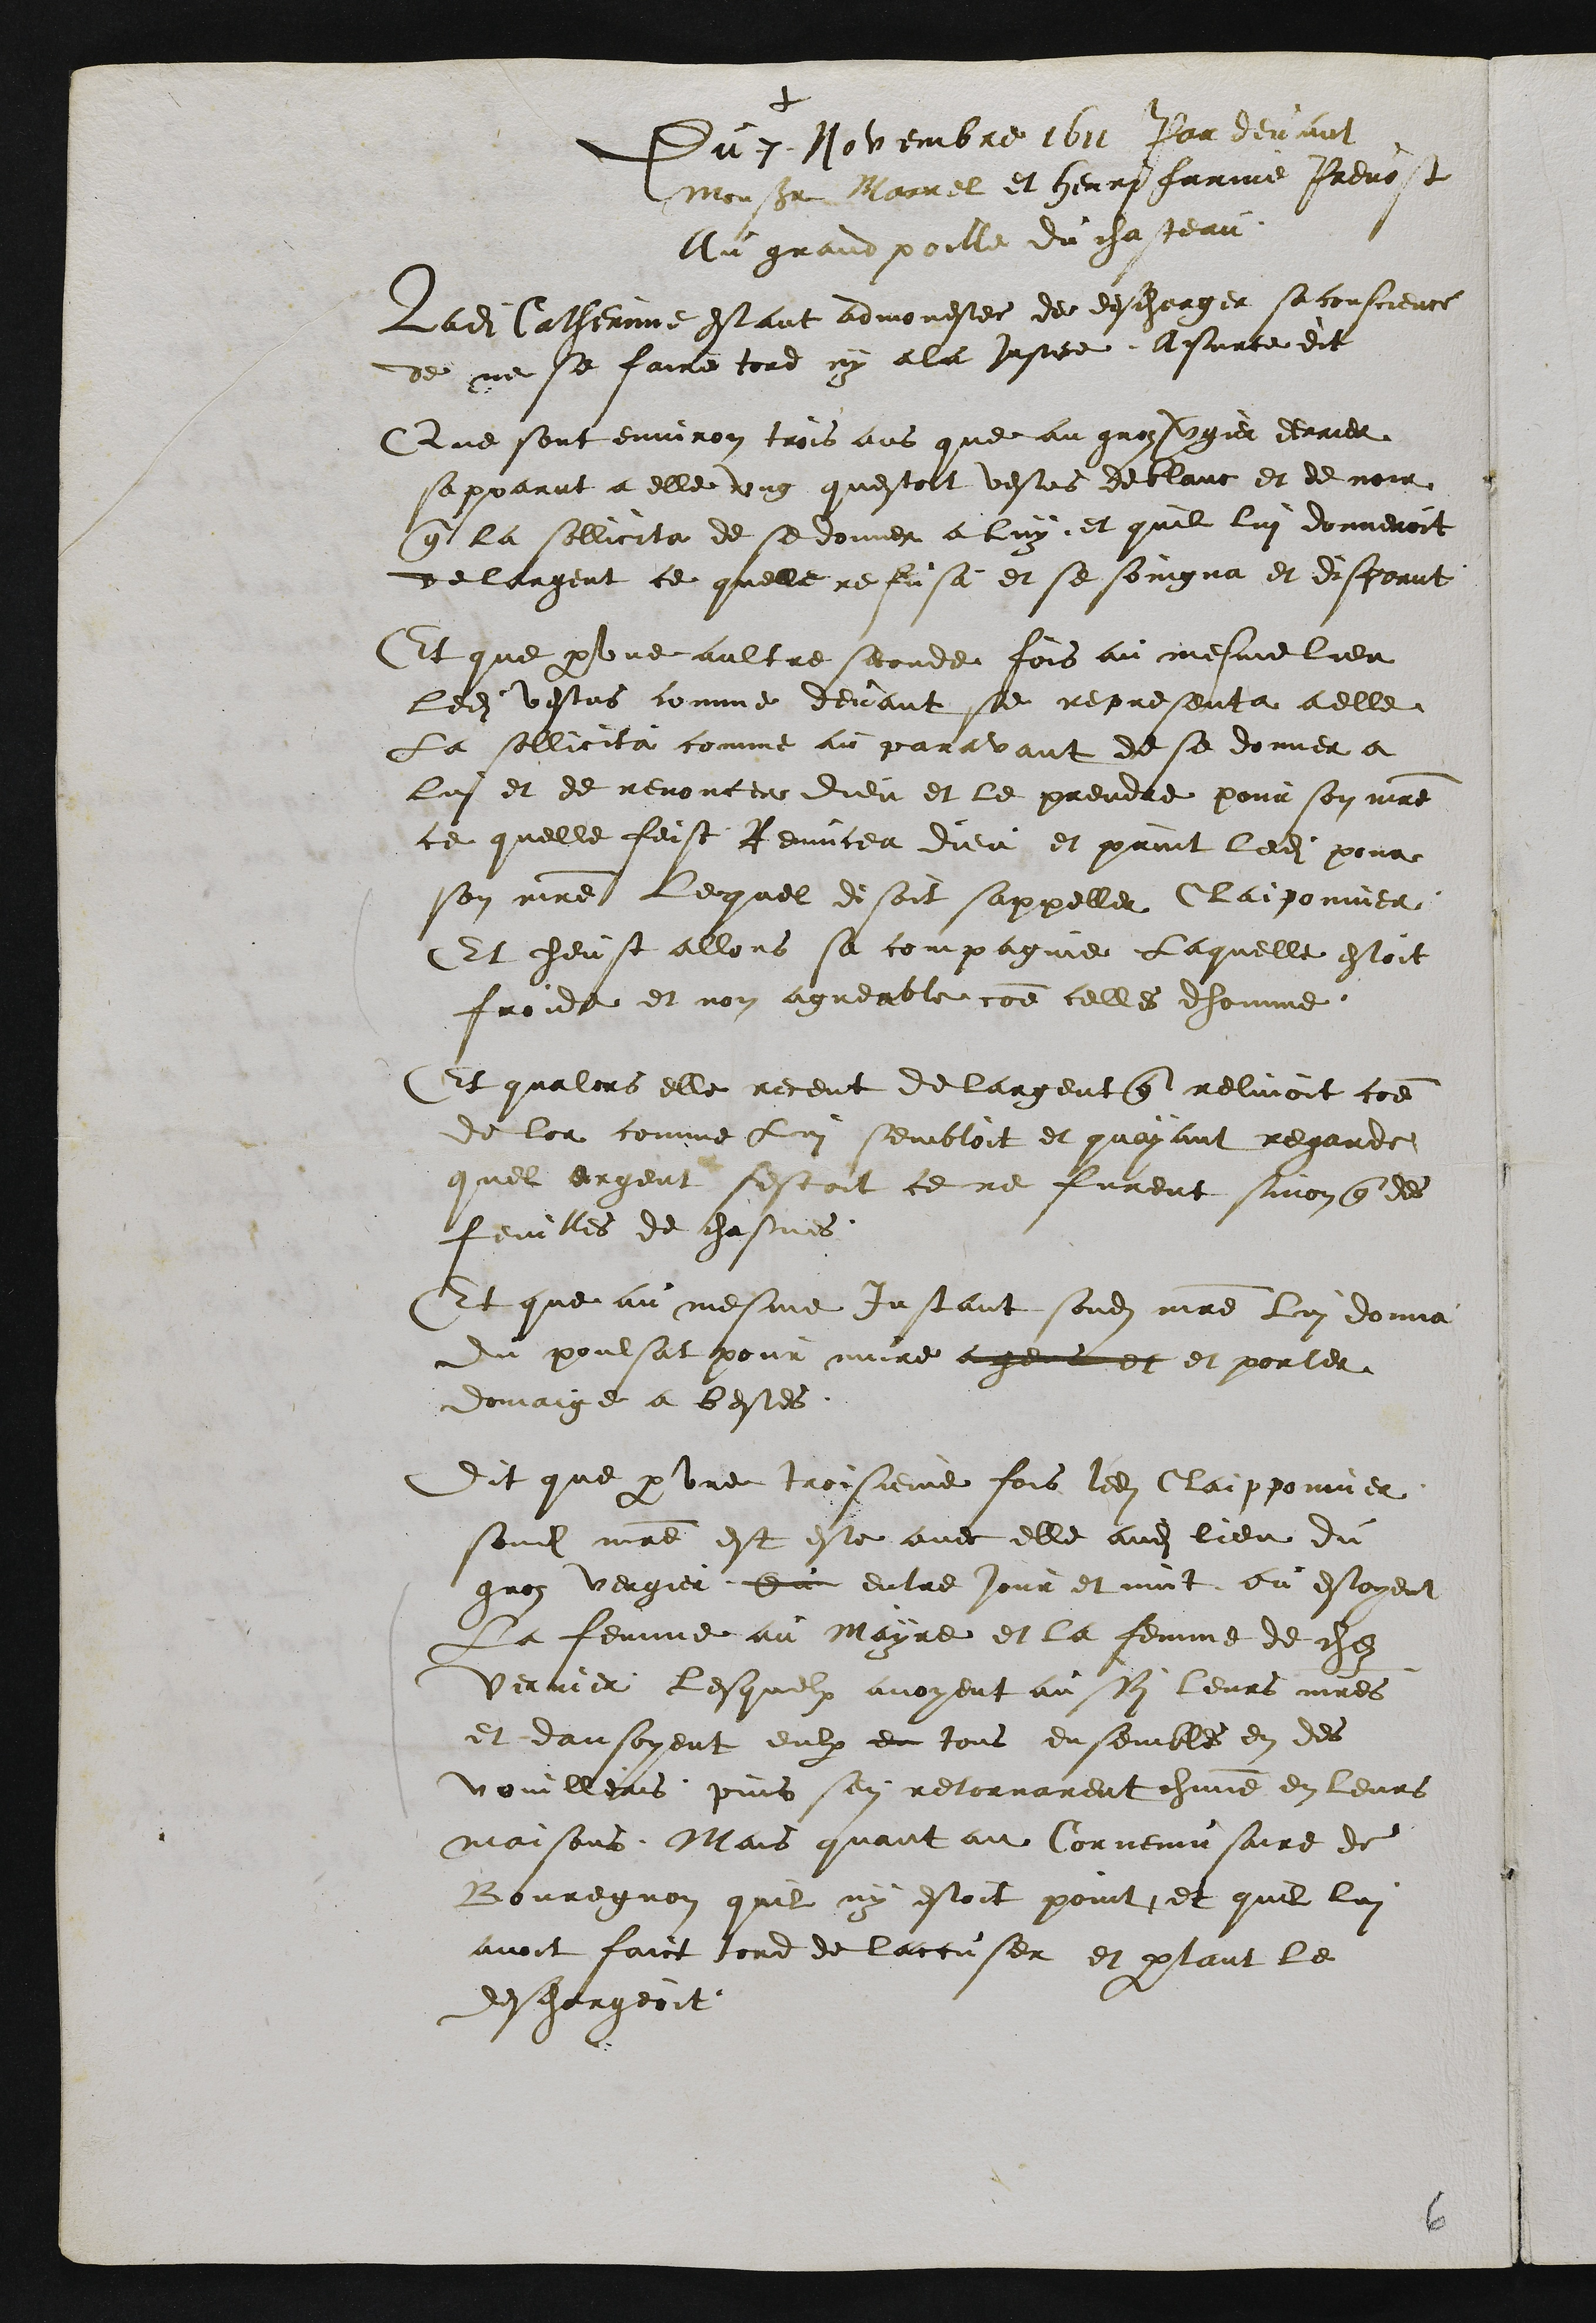
+
Du 7 Novembre 1611 Par devant
Monsieur Marrel et Henri farine Prevost
Au grand poille du chasteau
Ladite Catherinne estant admonestee des descharger sa conscience
de ne se faire tord ny a la Justice A sur ce dit
Que sont environ trois ans que au gros vergier derrier
sapparut a elle ung questoit vestus de blanc et de noir
que la sollicita de se donner a luy et quil lui donneroit
de largent ce quelle refusa et se soingna et disparut
Et que par une aultre seconde fois au mesme lieu
ledit vestus comme devant se representa a elle
La sollicita comme au paravant de se donner a
lui et de renoncer dieu et le prendre pour son maitre
ce quelle feist Renuncea dieu et print ledit pour
son maitre lequel disoit sappeller Claiponnier
Et heust allors sa compagnie. Laquelle estoit
froide et non agreable comme celles dhomme.
Et qualors elle receut de largent que reluioit comme
de lor comme lui sembloit et guayant regarde
quel argent sestoit ce ne furent sinon que des
feuilles de chasnes
Et que au mesme Instant sondit maitre lui donna
du poulsat pour nuire a gent et et porter
domaige a bestes.
Dit que par une troisieme fois ledit Claipponnier
sondit maitre est este avec elle audit lieu du
gros vergier Ou entre jour et nuit ou estoyent
La femme au mayre et la femme de chez
Vernier lesquelx avoyent aussy leurs maitres
et dansoyent eulx en tous ensembles en des
vouilleais puis sen retornarent chacune en leurs
maisons. Mais quant au Cornemusaire de
Bouregnon quil ny estoit point et quil lui
avoit faict tord de laccuser et partant le
deschargeoit